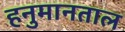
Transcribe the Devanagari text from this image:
हनुमानताल